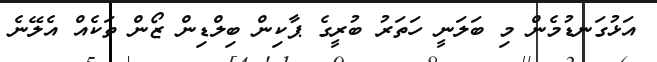
އަޅުގަނޑުމެން މި ބަލަނީ ހަތަރު ބުރީގެ ޕާކިން ބިލްޑިން ޒޯން ތަކެއް އެލޭނެ